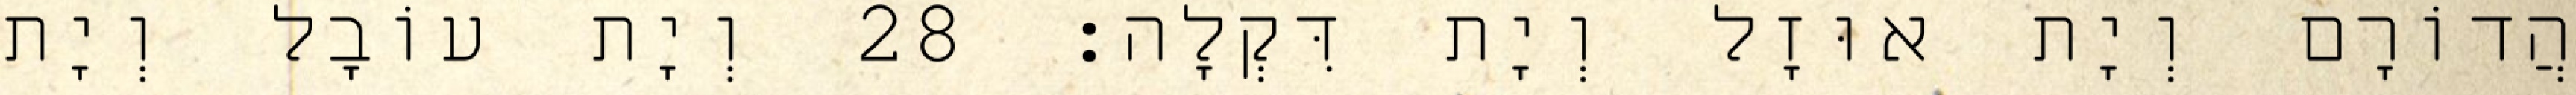
הֲדוֹרָם וְיָת אוּזָל וְיָת דִּקְלָה׃ 28 וְיָת עוֹבָל וְיָת